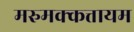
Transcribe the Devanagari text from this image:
मरुमक्कत्तायम